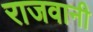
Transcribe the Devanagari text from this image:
राजवानी